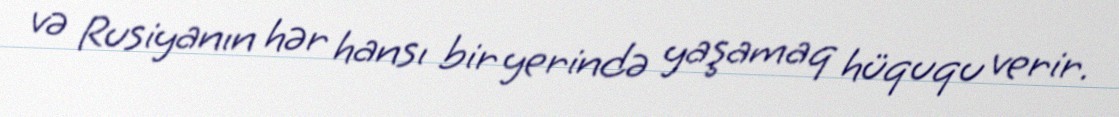
və Rusiyanın hər hansı bir yerində yaşamaq hüququ verir.